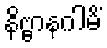
နိဗ္ဗာနဂါမိံ